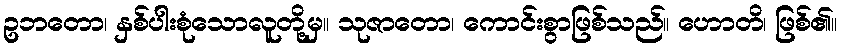
ဥဘတော၊ နှစ်ပါးစုံသောလူတို့မှ။ သုဇာတော၊ ကောင်းစွာဖြစ်သည်။ ဟောတိ၊ ဖြစ်၏။